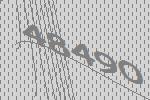
48490